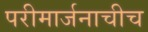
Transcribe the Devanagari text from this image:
परीमार्जनाचीच